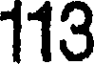
113